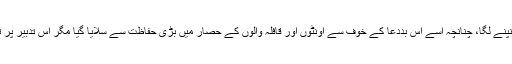
وہ خوف سے کانپنے لگا، چنانچہ اسے اس بددعا کے خوف سے اونٹوں اور قافلہ والوں کے حصار میں بڑی حفاظت سے سلایا گیا مگر اس تدبیر پر تقدیر غالب رہی۔